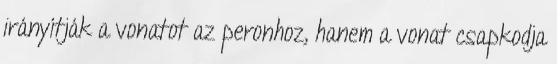
irányítják a vonatot az peronhoz, hanem a vonat csapkodja